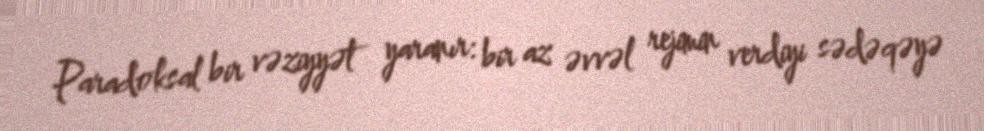
Paradoksal bir vəziyyət yaranır: bir az əvvəl rejimin verdiyi sədəqəyə